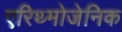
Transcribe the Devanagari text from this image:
एरिथ्मोजेनिक